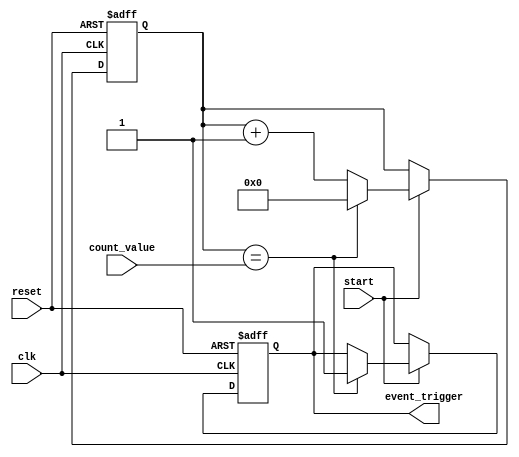
module event_timer (
    input wire clk,
    input wire reset,
    input wire start,
    input wire [7:0] count_value,
    output reg event_trigger
);

reg [31:0] counter;

always @(posedge clk or posedge reset) begin
    if (reset) begin
        counter <= 0;
        event_trigger <= 0;
    end else begin
        if (start) begin
            counter <= counter + 1;
            if (counter == count_value) begin
                event_trigger <= 1;
                counter <= 0;
            end
        end
    end
end

endmodule